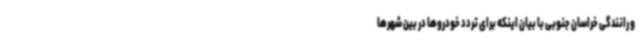
و رانندگی خراسان جنوبی با بیان اینکه برای تردد خودروها در بین شهرها